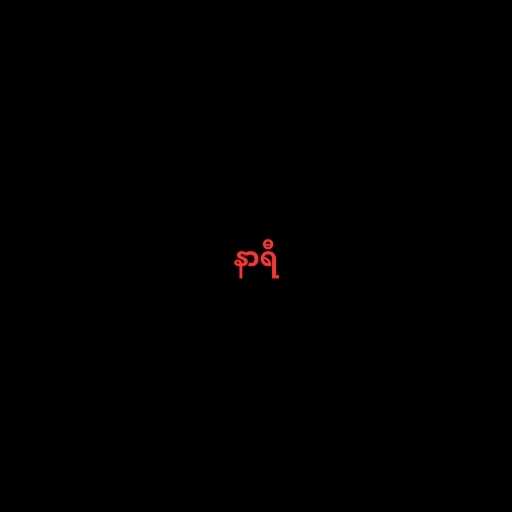
နာရီ